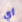
أي